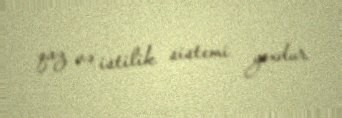
qaz və istilik sistemi yoxdur.